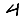
Digit: 4